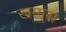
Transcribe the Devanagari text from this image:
खम्मस